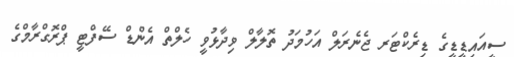
ސީއައިޑީޑީގެ ޑިރެކްޓަރ ޖެނެރަލް އަހުމަދު ތޮލާލް ވިދާޅުވީ ހެލްތް އެންޑް ސޭފްޓީ ޕްރޮގްރާމްގެ